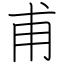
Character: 甫